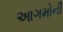
આગમોની